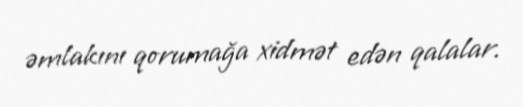
əmlakını qorumağa xidmət edən qalalar.